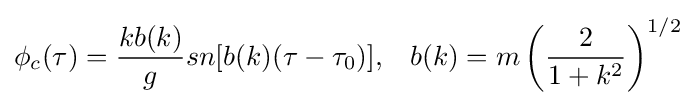
\phi _{c}(\tau )={\frac {kb(k)}{g}}sn[b(k)(\tau -\tau _{0})],\;\;\;b(k)=m\left({\frac {2}{1+k^{2}}}\right)^{1/2}